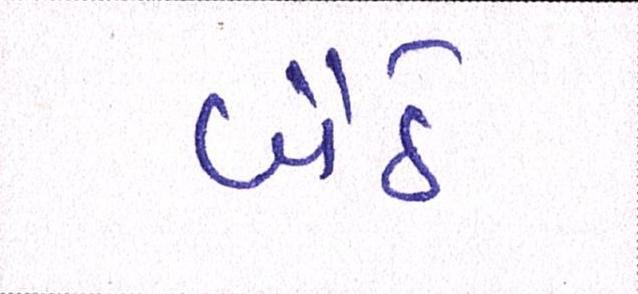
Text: બૈઠે